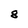
Character: 8